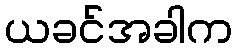
ယခင်အခါက